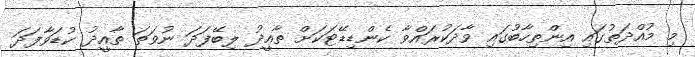
މި މުއްދަތުގައި އިންތިހާބުގައި ވާދަކުރައްވާ ކެންޑިޑޭޓަކަށް ތާއީދު ލިބޭފަދަ ނުވަތަ ތާއީދު ކުޑަވާފަދަ